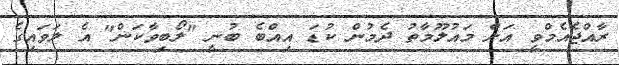
ރާއްޖެއެމްވީ އަށް މައުލޫމާތު ދެމުން ކުޑަ އިއްބެ ބުނީ "ލޯބިވާކަން" އެ ލަވައިގެ